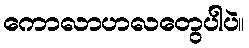
ကောလာဟလတွေပါပဲ။